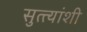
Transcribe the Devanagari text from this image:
सुत्त्यांशी